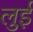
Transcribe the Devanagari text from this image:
लुुई